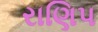
રાણિપ